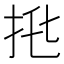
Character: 𢫅